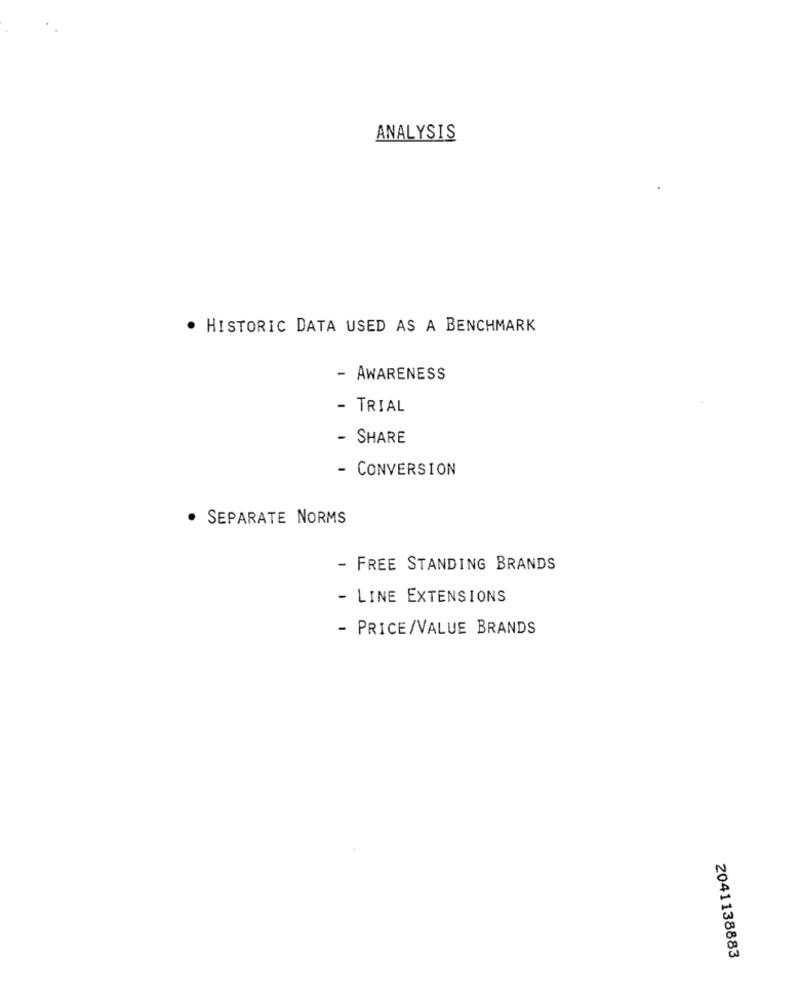
ANALYSIS
· HISTORIC DATA USED AS A BENCHMARK
- AWARENESS
- TRIAL
- SHARE
- CONVERSION
· SEPARATE NORMS
- FREE STANDING BRANDS
- LINE EXTENSIONS
- PRICE/VALUE BRANDS
2041138883